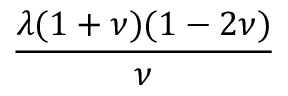
\frac { \lambda ( 1 + \nu ) ( 1 - 2 \nu ) } { \nu }